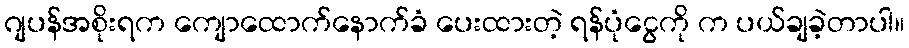
ဂျပန်အစိုးရက ကျောထောက်နောက်ခံ ပေးထားတဲ့ ရန်ပုံငွေကို က ပယ်ချခဲ့တာပါ။